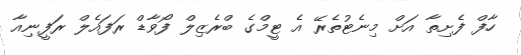
ހާފް ފެށިތާ އަށް މިނެޓުތެރޭ އެ ޓީމްގެ ބްރެޒިލް ފޯވާޑް ރަފައެލް ރަފީނިއާ